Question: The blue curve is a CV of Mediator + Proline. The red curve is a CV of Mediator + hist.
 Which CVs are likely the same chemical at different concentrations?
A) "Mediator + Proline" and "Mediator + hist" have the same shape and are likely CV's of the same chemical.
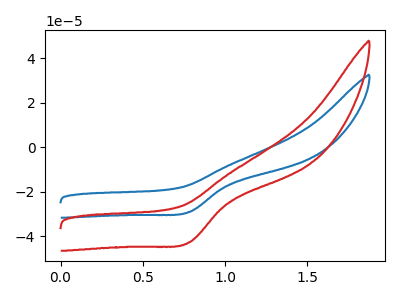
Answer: <think>The blue curve "Mediator + Proline" has a cathodic peak at: (0.80V, -29.05uA). The red curve "Mediator + hist" has a cathodic peak at: (0.80V, -42.70uA).
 All the peaks in "Mediator + Proline" have a peak in "Mediator + hist" at the same potential. Every peak in "Mediator + Proline" is lower than every peak in "Mediator + hist".</think>
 <answer>A) "Mediator + Proline" and "Mediator + hist" have the same shape and are likely CV's of the same chemical.</answer>
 <eval>A</eval>